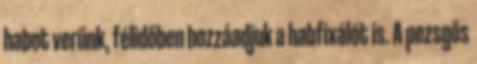
habot verünk, félidőben hozzáadjuk a habfixálót is. A pezsgős